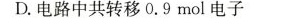
D.电路中共转移0.9mol电子